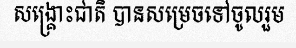
សង្គ្រោះជាតិ បានសម្រេចទៅចូលរួម